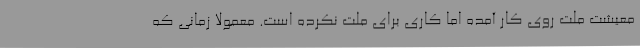
معیشت ملت روی کار آمده اما کاری برای ملت نکرده است. معمولا زمانی که